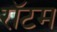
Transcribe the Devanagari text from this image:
रॉटम